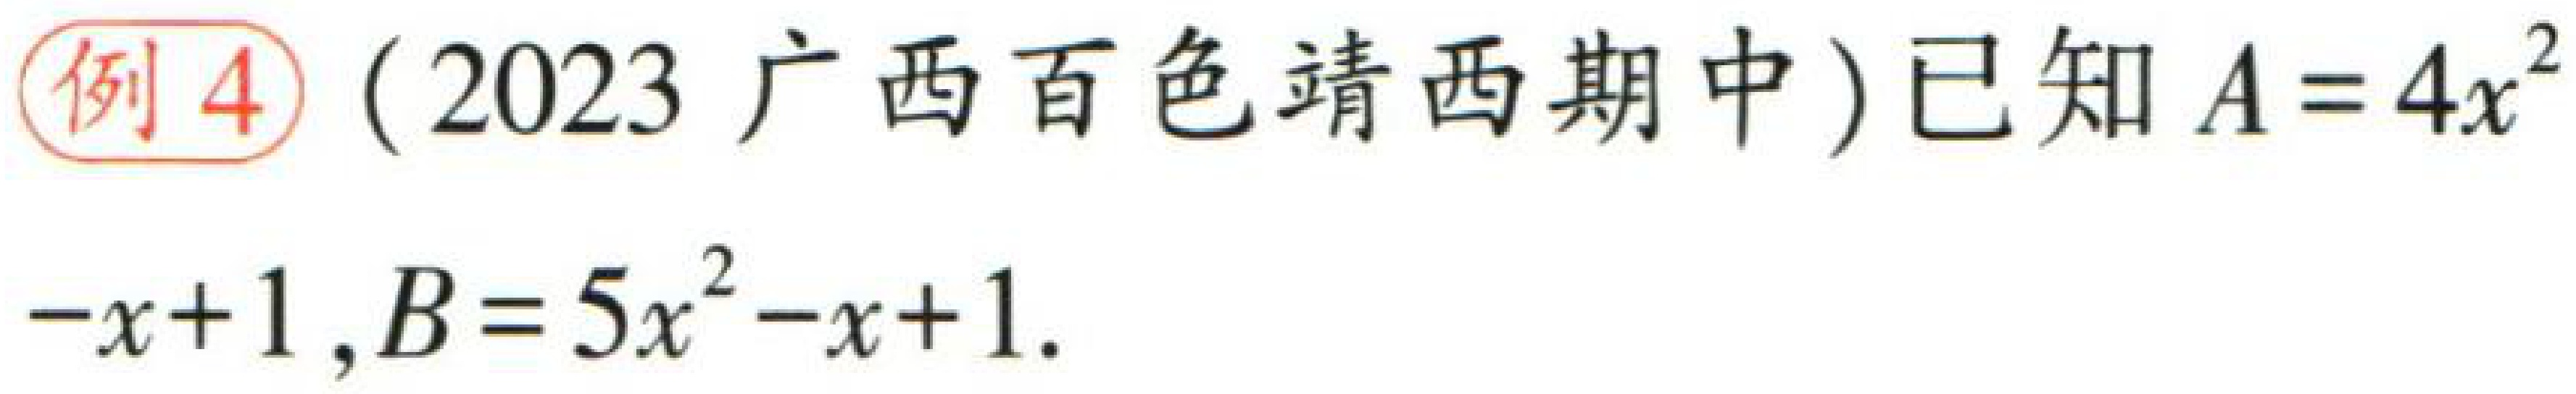
例4（2023 广西百色靖西期中）已知\(A = 4x^{2}-x + 1\)，\(B = 5x^{2}-x + 1\)。